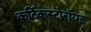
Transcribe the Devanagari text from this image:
कर्टिकस्टोरॉयड